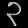
Digit: ၃